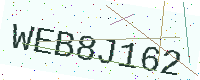
Text: WEB8J162